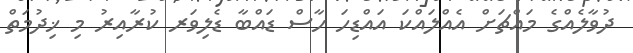
ދުވާލެއްގެ މައްޗަށް އެއްލައްކަ އައްޑިހަ ހާސް ޑައްބާ ޑެލިވަރ ކުރާއިރު މި ޚިދުމަތް